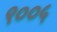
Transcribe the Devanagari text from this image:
९००५